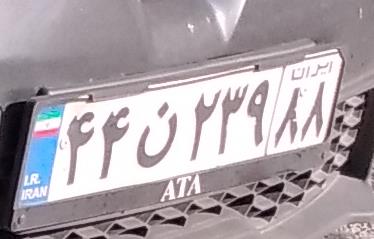
۴۴ن۲۳۹۸۸